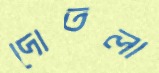
দোতলা